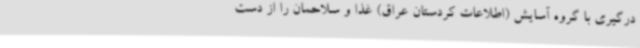
درگیری با گروه آسایش (اطلاعات کردستان عراق) غذا و سلاحمان را از دست